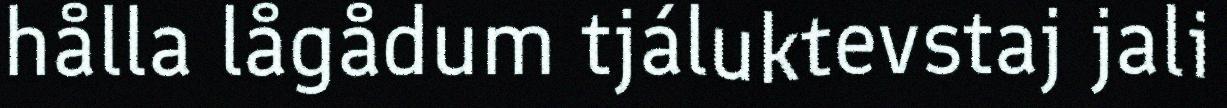
hålla lågådum tjáluktevstaj jali